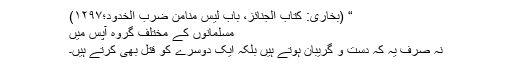
“ (بخاری: کتاب الجنائز، باب لیس منامن ضرب الخدود؛۱۲۹۷)
مسلمانوں کے مختلف گروہ آپس میں
نہ صرف یہ کہ دست و گریبان ہوتے ہیں بلکہ ایک دوسرے کو قتل بھی کرتے ہیں۔